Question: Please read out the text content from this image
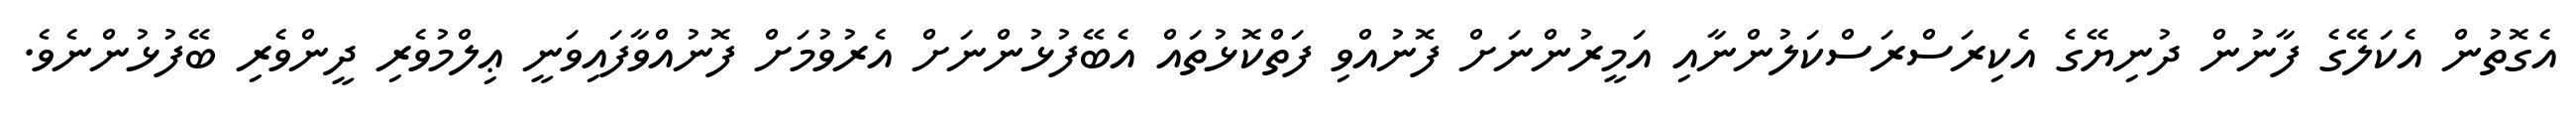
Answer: އެގޮތުން އެކަލޭގެ ފާނުން ދުނިޔޭގެ އެކިރަސްރަސްކަލުންނާއި އަމީރުންނަށް ފޮނުއްވި ފަތްކޮޅުތައް އެބޭފުޅުންނަށް އެރުވުމަށް ފޮނުއްވާފައިވަނީ ޢިލްމުވެރި ދީންވެރި ބޭފުޅުންނެވެ.